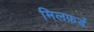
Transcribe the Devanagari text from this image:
मिलफ़र्ड